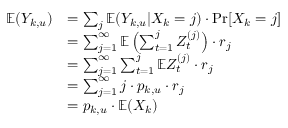
\begin{array} { r l } { \mathbb { E } ( Y _ { k , u } ) } & { = \sum _ { j } \mathbb { E } ( Y _ { k , u } | X _ { k } = j ) \cdot \operatorname* { P r } [ X _ { k } = j ] } \\ & { = \sum _ { j = 1 } ^ { \infty } \mathbb { E } \left( \sum _ { t = 1 } ^ { j } Z _ { t } ^ { ( j ) } \right) \cdot r _ { j } } \\ & { = \sum _ { j = 1 } ^ { \infty } \sum _ { t = 1 } ^ { j } \mathbb { E } Z _ { t } ^ { ( j ) } \cdot r _ { j } } \\ & { = \sum _ { j = 1 } ^ { \infty } j \cdot p _ { k , u } \cdot r _ { j } } \\ & { = p _ { k , u } \cdot \mathbb { E } ( X _ { k } ) } \end{array}